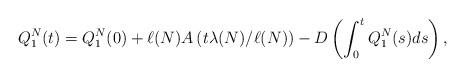
LaTeX: \begin{align*}Q_1^N(t)=Q_1^N(0)+\ell(N)A\left(t\lambda(N)/\ell(N)\right)-D\left(\int_0^tQ_1^N(s)ds\right),\end{align*}